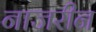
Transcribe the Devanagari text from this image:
नाजरीन